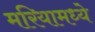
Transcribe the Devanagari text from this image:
मरियामध्ये